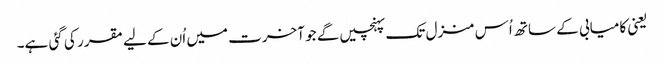
یعنی کامیابی کے ساتھ اُس منزل تک پہنچیں گے جو آخرت میں اُن کے لیے مقرر کی گئی ہے۔